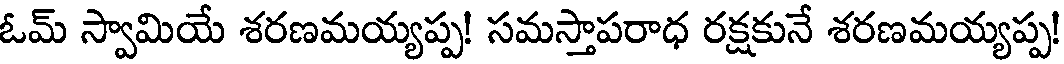
ఓమ్ స్వామియే శరణమయ్యప్ప! సమస్తాపరాధ రక్షకునే శరణమయ్యప్ప